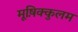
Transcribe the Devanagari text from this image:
मूष़िक्कुलम